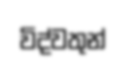
විද්වතුන්